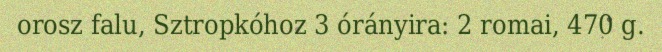
orosz falu, Sztropkóhoz 3 órányira: 2 romai, 470 g.